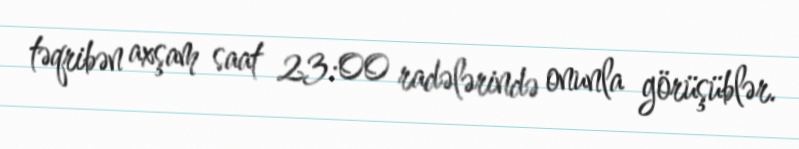
təqribən axşam saat 23:00 radələrində onunla görüşüblər.